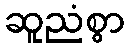
ဆူညံစွာ